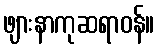
ဖျားနာကုဆရာဝန်။